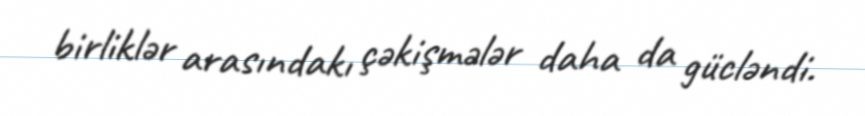
birliklər arasındakı çəkişmələr daha da gücləndi.